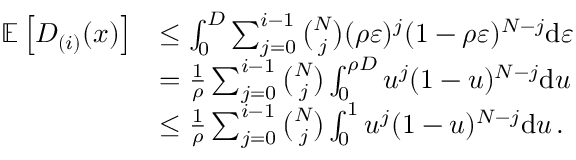
\begin{array} { r l } { \mathbb E \left[ D _ { ( i ) } ( x ) \right] } & { \leq \int _ { 0 } ^ { D } \sum _ { j = 0 } ^ { i - 1 } { \binom { N } { j } } ( \rho \varepsilon ) ^ { j } ( 1 - \rho \varepsilon ) ^ { N - j } { \mathrm d } \varepsilon } \\ & { = \frac { 1 } { \rho } \sum _ { j = 0 } ^ { i - 1 } { \binom { N } { j } } \int _ { 0 } ^ { \rho D } u ^ { j } ( 1 - u ) ^ { N - j } { \mathrm d } u } \\ & { \leq \frac { 1 } { \rho } \sum _ { j = 0 } ^ { i - 1 } { \binom { N } { j } } \int _ { 0 } ^ { 1 } u ^ { j } ( 1 - u ) ^ { N - j } { \mathrm d } u \, . } \end{array}